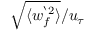
\sqrt { \langle w _ { f } ^ { ` 2 } \rangle } / u _ { \tau }